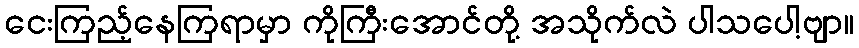
ငေးကြည့်နေကြရာမှာ ကိုကြီးအောင်တို့ အသိုက်လဲ ပါသပေါ့ဗျာ။